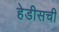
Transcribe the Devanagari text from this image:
हेडीसची